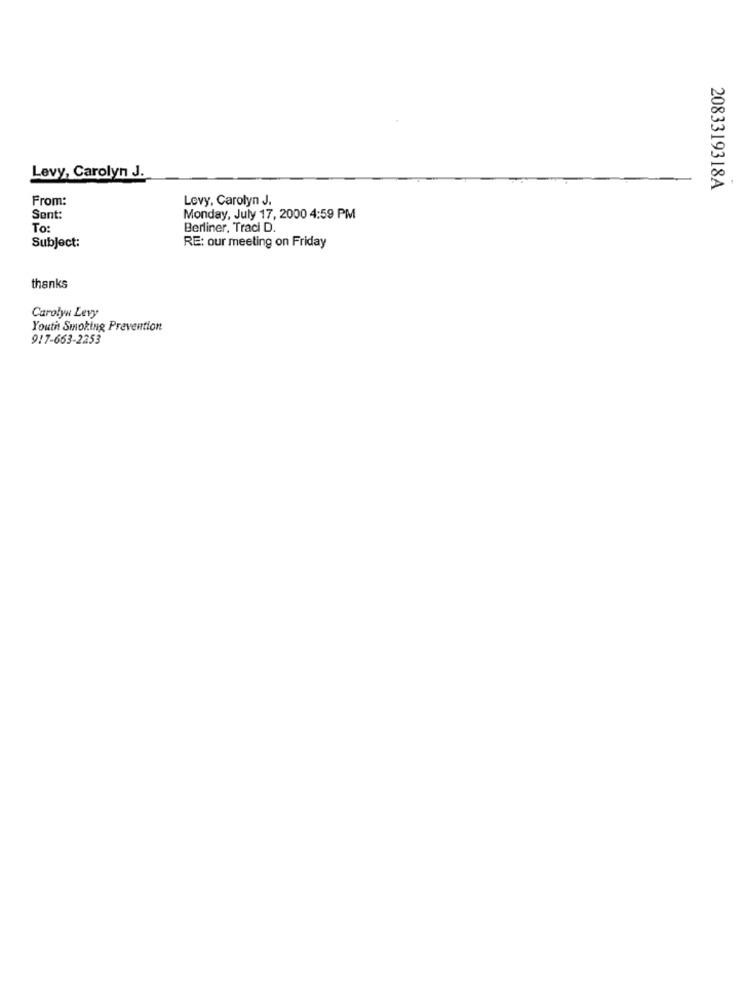
Levy, Carolyn J.
2083319318A
From:
Levy, Carolyn J.
Sent:
Monday, July 17, 2000 4:59 PM
To:
Berliner, Traci D.
Subject:
RE: our meeting on Friday
thanks
Carolyn Levy
Youth Smoking Prevention
917-663-2253